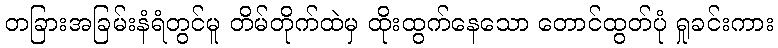
တခြားအခြမ်းနံရံတွင်မူ တိမ်တိုက်ထဲမှ ထိုးထွက်နေသော တောင်ထွတ်ပုံ ရှုခင်းကား